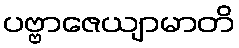
ပဗ္ဗာဇေယျာမာတိ